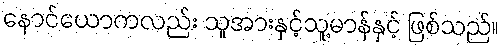
နောင်ယောကလည်း သူအားနှင့်သူ့မာန်နှင့် ဖြစ်သည်။